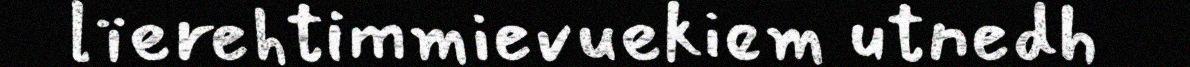
lïerehtimmievuekiem utnedh